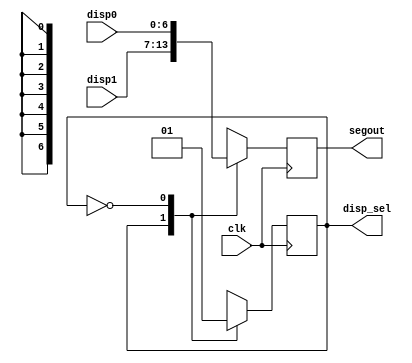
module seven_seg_mux(
	input clk,
	input [6:0] disp0, disp1,
	output reg [6:0] segout,
	output disp_sel
);
	 
	reg current;

	assign disp_sel=current;

always @(posedge clk)
	case (current)
		1:begin
			segout<=disp1;
			current <= 0;
			end
		0:begin
			segout<=disp0;
			current <= 1;
			end
	endcase
endmodule